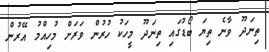
ތިނަދޫ ވާނެ ތިޔަ ބޯޑުގައި ތިނަދޫ މީހަކު ހުރުން ވަރަށް މުހިއްމު އޭރުން